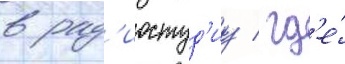
в рад'иостуд'иу / гд'е́